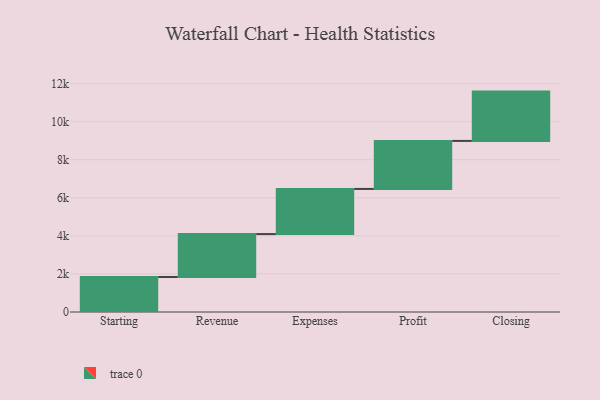
{"axis": {"x": "Step", "y": "Value"}, "legend": [""], "data": [{"x": "Starting", "y": 1839.0, "type": ""}, {"x": "Revenue", "y": 2255.0, "type": ""}, {"x": "Expenses", "y": 2371.0, "type": ""}, {"x": "Profit", "y": 2523.0, "type": ""}, {"x": "Closing", "y": 2591.0, "type": ""}]}